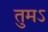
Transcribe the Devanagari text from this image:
तुमऽ